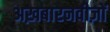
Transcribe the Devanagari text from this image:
अख़बारनवीज़ों